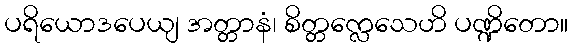
ပရိယောဒပေယျ အတ္တာနံ၊ စိတ္တက္လေသေဟိ ပဏ္ဍိတော။